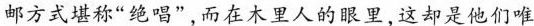
邮方式堪称“绝唱”，而在木里人的眼里，这却是他们